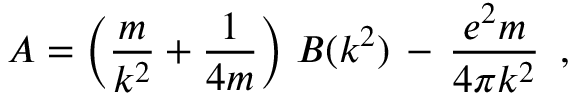
A = \left( \frac { m } { k ^ { 2 } } + \frac { 1 } { 4 m } \right) \, B ( k ^ { 2 } ) \, - \, \frac { e ^ { 2 } m } { 4 \pi k ^ { 2 } } \, \, \, , \,